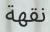
نقھة